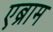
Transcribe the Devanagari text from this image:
एब्राम